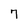
Character: 7